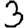
Digit: 3